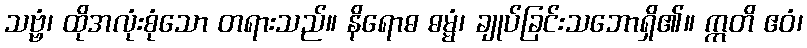
သဗ္ဗံ၊ ထိုအလုံးစုံသော တရားသည်။ နိရောဓ ဓမ္မံ၊ ချုပ်ခြင်းသဘောရှိ၏။ ဣတိ ဧဝံ၊